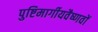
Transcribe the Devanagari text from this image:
पुष्टिमार्गीयवैष्णवों